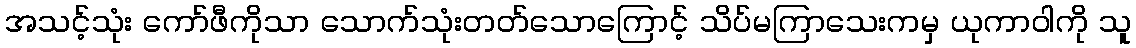
အသင့်သုံး ကော်ဖီကိုသာ သောက်သုံးတတ်သောကြောင့် သိပ်မကြာသေးကမှ ယုကာဝါကို သူ